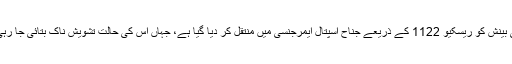
زخمی بینش کو ریسکیو 1122 کے ذریعے جناح اسپتال ایمرجنسی میں منتقل کر دیا گیا ہے، جہاں اس کی حالت تشویش ناک بتائی جا رہی ہے۔